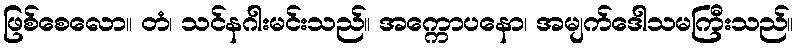
ဖြစ်စေလော။ တံ၊ သင်နဂါးမင်းသည်။ အက္ကောပနော၊ အမျက်ဒေါသမကြီးသည်။